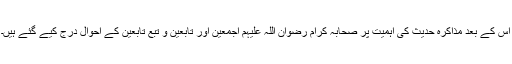
اِس کے بعد مذاکرۂ حدیث کی اَہمیت پر صحابہ کرام رضوان اللہ علیہم اجمعین اور تابعین و تبع تابعین کے اَحوال درج کیے گئے ہیں۔